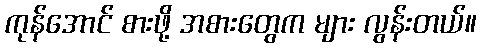
ကုန်အောင် စားဖို့ အစားတွေက များ လွန်းတယ်။